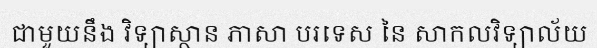
ជាមួយនឹង វិទ្យាស្ថាន ភាសា បរទេស នៃ សាកលវិទ្យាល័យ